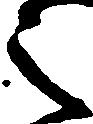
之